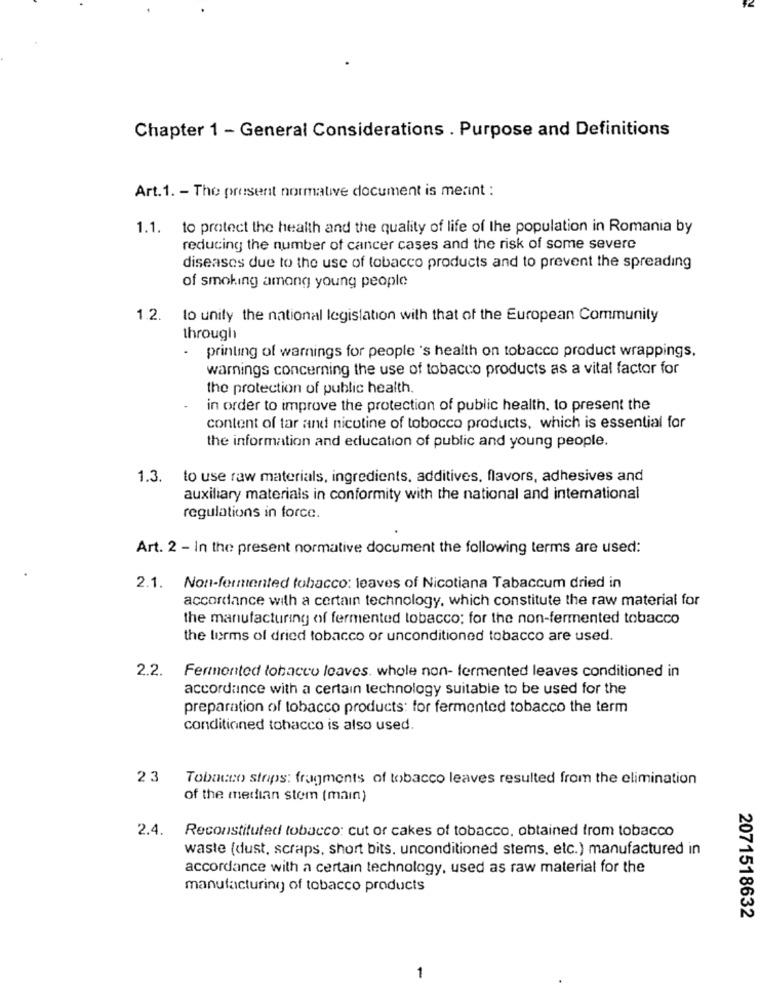
Chapter 1 - General Considerations . Purpose and Definitions
Art. 1. - The present normative document is meant :
1.1. to protect the health and the quality of life of the population in Romania by
reducing the number of cancer cases and the risk of some severe
diseases due to the use of tobacco products and to prevent the spreading
of smoking among young people
1.2. to unity the national legislation with that of the European Community
through
. printing of warnings for people 's health on tobacco product wrappings.
warnings concerning the use of tobacco products as a vital factor for
the protection of public health.
in order to improve the protection of public health, to present the
content of tar and nicotine of tobocco products, which is essential for
the information and education of public and young people.
1.3. to use raw materials, ingredients, additives, flavors, adhesives and
auxiliary materials in conformity with the national and international
regulations in force.
Art. 2 - In the present normative document the following terms are used:
2.1.
Non-fermented tobacco: leaves of Nicotiana Tabaccum dried in
accordance with a certain technology, which constitute the raw material for
the manufacturing of fermented tobacco; for the non-fermented tobacco
the terms of dried tobacco or unconditioned tobacco are used.
2.2.
Fermented tobacco leaves. whole non- fermented leaves conditioned in
accordance with a certain technology suitable to be used for the
preparation of tobacco products: for fermented tobacco the term
conditioned tobacco is also used.
23
Tobacco stops: fragments of tobacco leaves resulted from the elimination
of the median stem (main)
2.4. Reconstituted tobacco: cut or cakes of tobacco, obtained from tobacco
waste (dust, scraps, short bits. unconditioned stems, etc.) manufactured in
accordance with a certain technology, used as raw material for the
manufacturing of tobacco products
2071518632
1